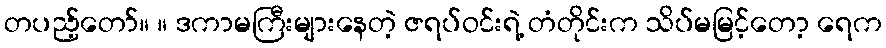
တပည့်တော်။ ။ ဒကာမကြီးများနေတဲ့ ဇရပ်ဝင်းရဲ့ တံတိုင်းက သိပ်မမြင့်တော့ ရေက